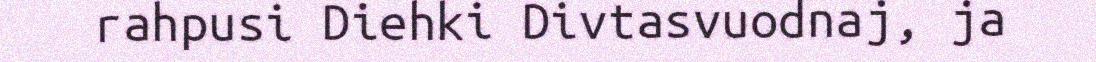
rahpusi Diehki Divtasvuodnaj, ja